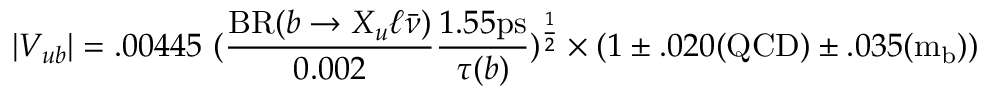
| V _ { u b } | = . 0 0 4 4 5 ~ ( \frac { \mathrm { B R } ( b \rightarrow X _ { u } \ell \bar { \nu } ) } { 0 . 0 0 2 } \frac { 1 . 5 5 \mathrm { p s } } { \tau ( b ) } ) ^ { \frac { 1 } { 2 } } \times ( 1 \pm . 0 2 0 \mathrm { ( Q C D ) } \pm . 0 3 5 \mathrm { ( m _ { b } ) } )